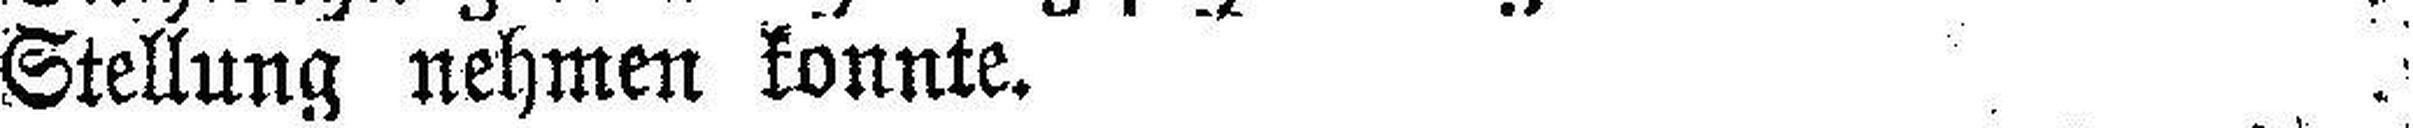
Stellung nehmen konnte.